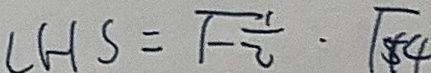
L H S = \sqrt { - \frac { 1 } { 2 } } \cdot \sqrt { 4 }